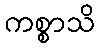
ကစ္စာသိ